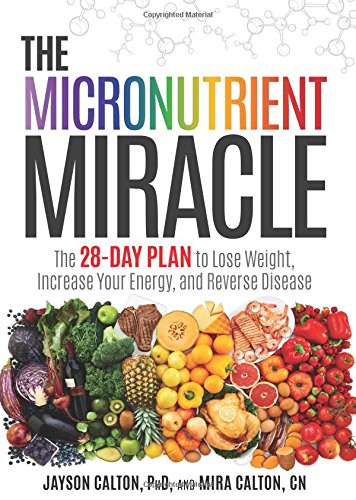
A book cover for The Micronutrient Miracle: The 28-Day Plan to Lose Weight, Increase Your Energy, and Reverse Disease; Jayson Calton; Health, Fitness & Dieting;